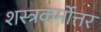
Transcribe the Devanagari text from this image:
शस्त्रकर्मोत्तर